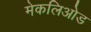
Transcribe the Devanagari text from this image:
मेकलिओड